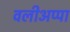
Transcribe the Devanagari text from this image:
वलीअप्पा